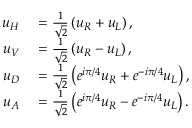
\begin{array} { r l } { u _ { H } } & { { } = \frac { 1 } { \sqrt { 2 } } \left( u _ { R } + u _ { L } \right) , } \\ { u _ { V } } & { { } = \frac { 1 } { \sqrt { 2 } } \left( u _ { R } - u _ { L } \right) , } \\ { u _ { D } } & { { } = \frac { 1 } { \sqrt { 2 } } \left( e ^ { i \pi / 4 } u _ { R } + e ^ { - i \pi / 4 } u _ { L } \right) , } \\ { u _ { A } } & { { } = \frac { 1 } { \sqrt { 2 } } \left( e ^ { i \pi / 4 } u _ { R } - e ^ { - i \pi / 4 } u _ { L } \right) . } \end{array}